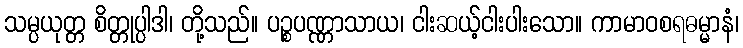
သမ္ပယုတ္တ စိတ္တုပ္ပါဒါ၊ တို့သည်။ ပဉ္စပဏ္ဏာသာယ၊ ငါးဆယ့်ငါးပါးသော။ ကာမာဝစရဓမ္မာနံ၊